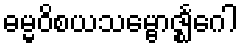
ဓမ္မဝိစယသမ္ဗောဇ္ဈင်္ဂေါ